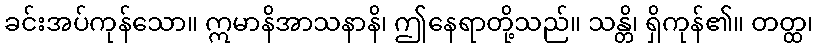
ခင်းအပ်ကုန်သော။ ဣမာနိအာသနာနိ၊ ဤနေရာတို့သည်။ သန္တိ၊ ရှိကုန်၏။ တတ္ထ၊